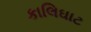
કાલિઘાટ